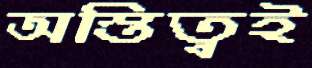
অস্তিত্বই